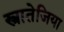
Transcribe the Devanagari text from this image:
स्त्रातेजिया